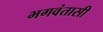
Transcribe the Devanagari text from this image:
भगवंतासी